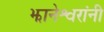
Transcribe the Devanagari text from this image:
झानेश्वरांनी